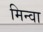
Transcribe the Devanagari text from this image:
मिन्वा